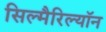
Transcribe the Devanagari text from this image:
सिल्मैरिल्यॉन